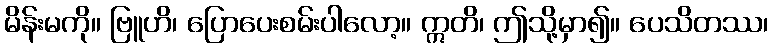
မိန်းမကို။ ဗြူဟိ၊ ပြောပေးစမ်းပါလော့။ ဣတိ၊ ဤသို့မှာ၍။ ပေသိတဿ၊